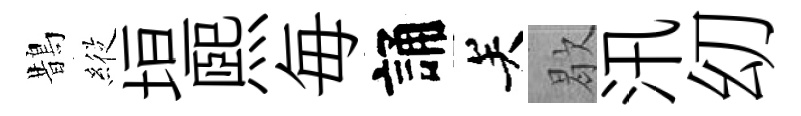
鵲𦂵垣煕毎誦关歇汛㓜